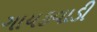
ગાયકવાડી